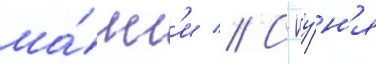
ма́нг'и // С иу́н'я